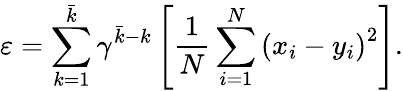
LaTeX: \varepsilon=\sum_{k=1}^{\bar{k}}\gamma^{\bar{k}-k}\left[\frac{1}{N}\sum_{i=1}^{N}\left(x_{i}-y_{i}\right)^{2}\right].